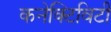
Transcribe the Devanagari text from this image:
कनेक्‍टिविटी